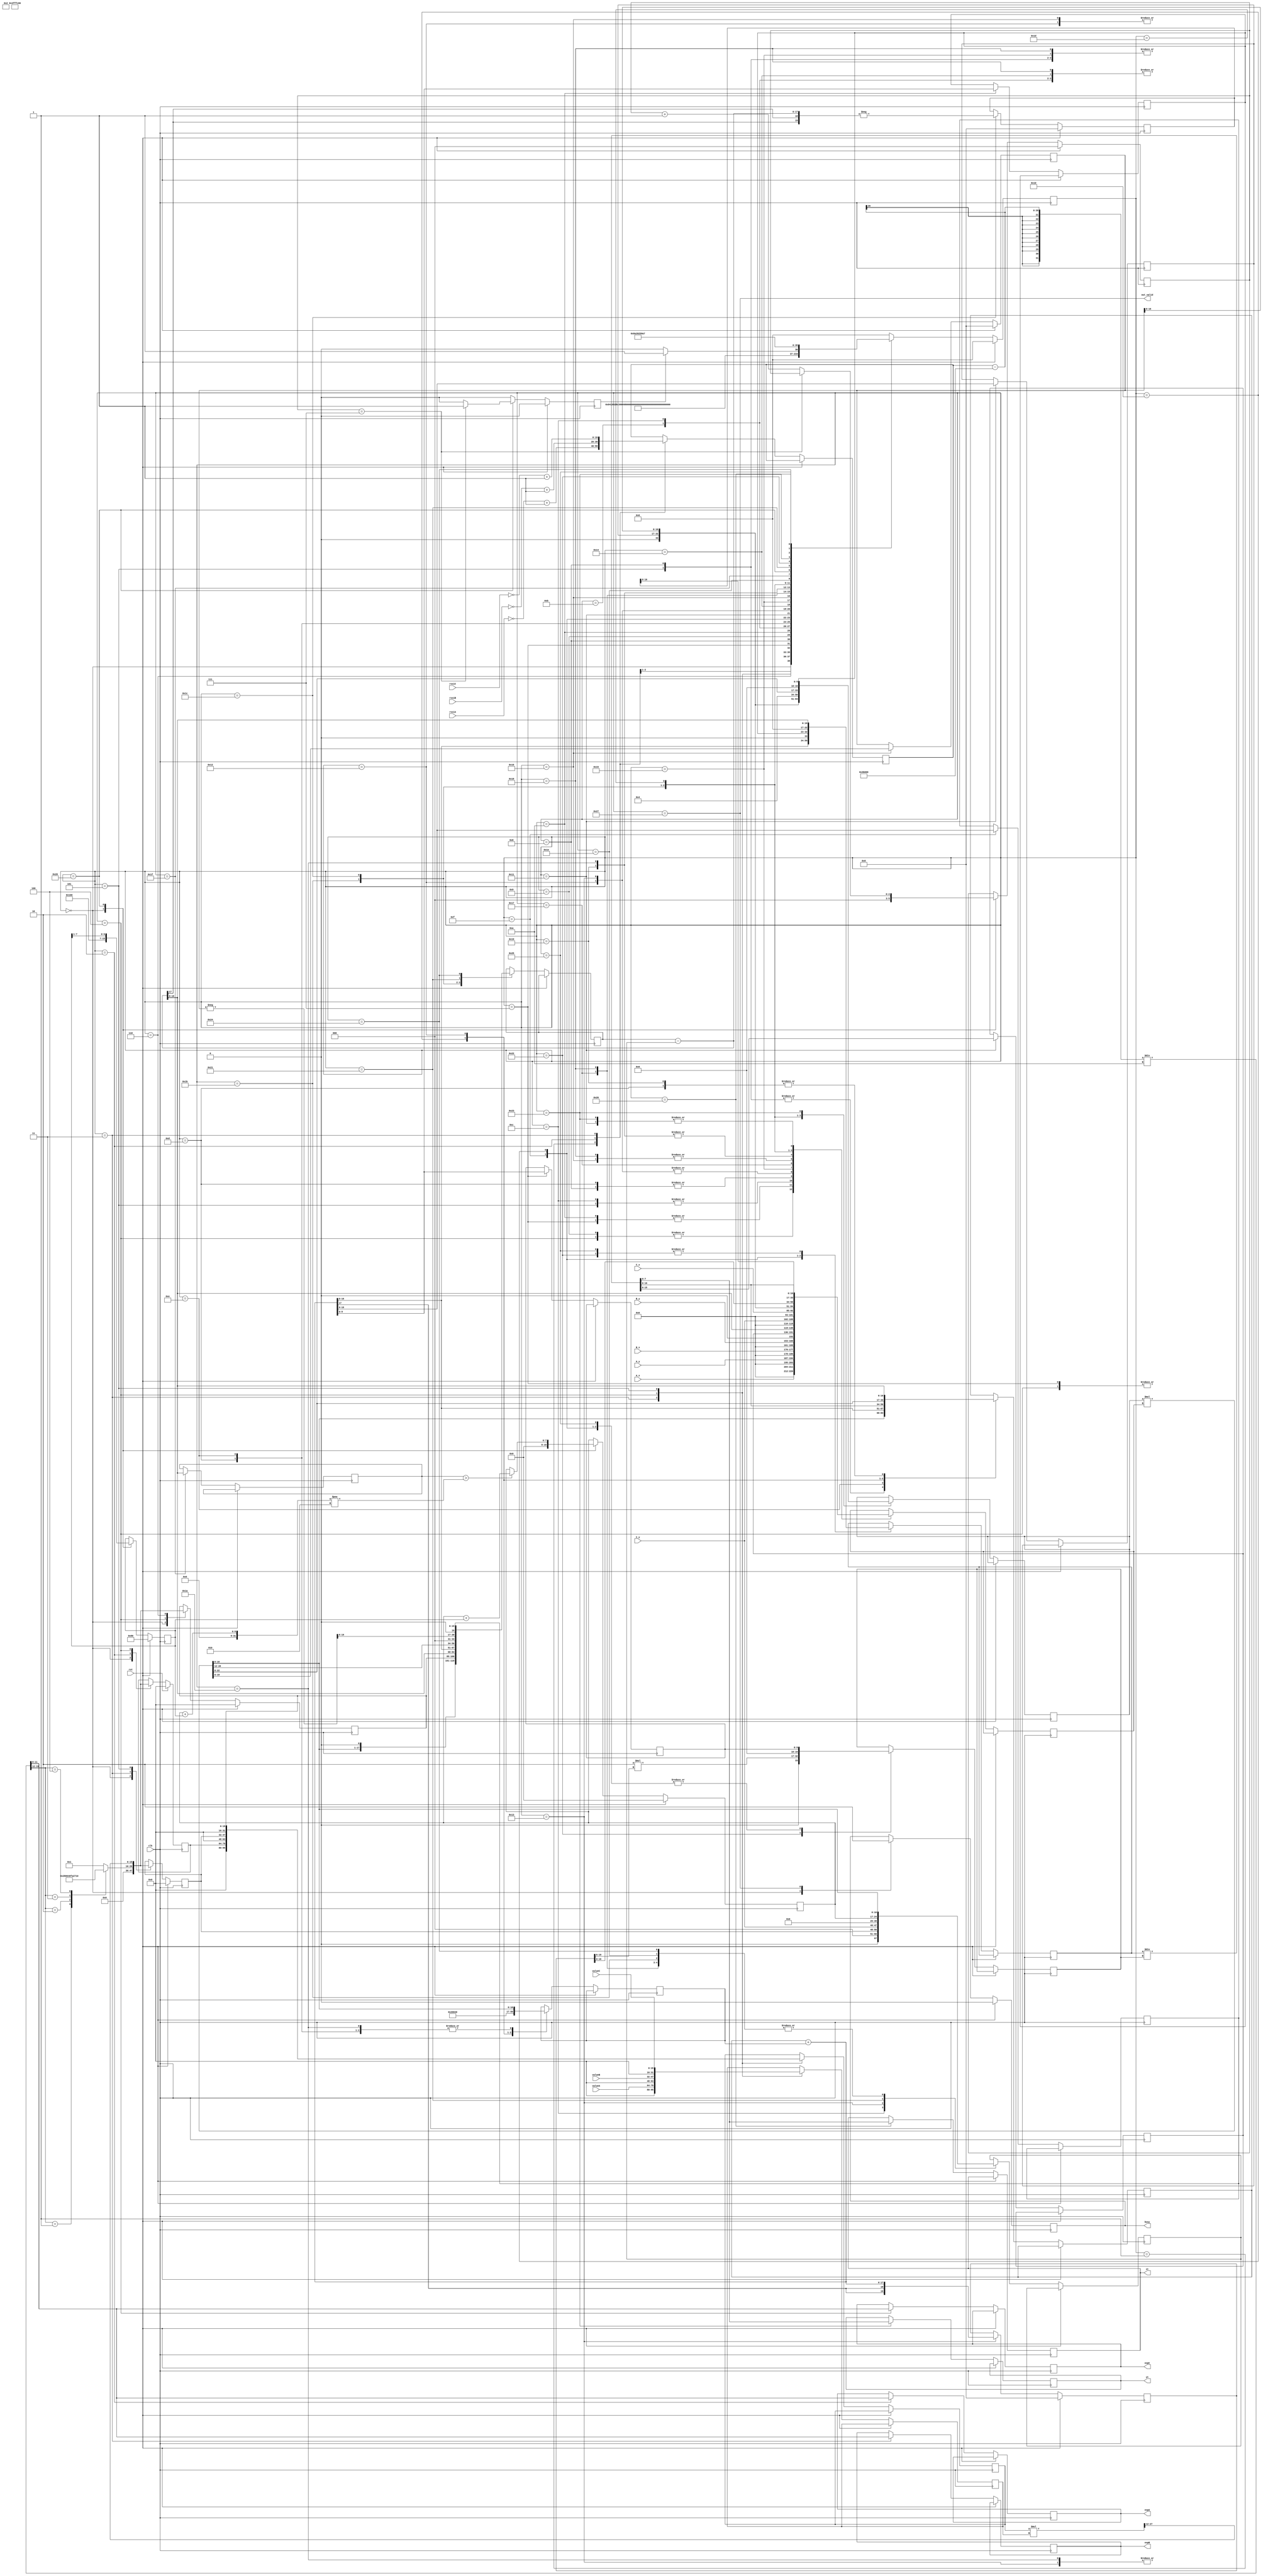
`timescale 1ns/10ps
module RFILE(clk, rst, A_x, A_y, B_x, B_y, C_x, C_y, rssiA, rssiB, rssiC, valueA, valueB, valueC, expA, expB, expC, busy, out_valid, xt, yt);
input           clk;
input           rst;
input  [7:0]    A_x;
input  [7:0]    A_y; 
input  [7:0]    B_x; 
input  [7:0]    B_y; 
input  [7:0]    C_x; 
input  [7:0]    C_y;
input  [19:0]   rssiA;
input  [19:0]   rssiB;
input  [19:0]   rssiC;
input  [15:0]   valueA;
input  [15:0]   valueB;
input  [15:0]   valueC;
output [11:0]   expA;
output [11:0]   expB;
output [11:0]   expC;
output          busy;
output          out_valid;
output [7:0]    xt;
output [7:0]    yt;

parameter READY       = 6'b00000_0;
parameter COUNTDIST_A = 6'b00000_1;
parameter COUNTDIST_B = 6'b00001_0;
parameter COUNTDIST_C = 6'b00001_1;
parameter COUNT_XAB_1 = 6'b00010_0;
parameter COUNT_XAB_2 = 6'b00010_1;
parameter COUNT_XAB   = 6'b00011_0;
parameter COUNT_YAB_1 = 6'b00011_1;
parameter COUNT_YAB_2 = 6'b00100_0;
parameter COUNT_YAB   = 6'b00100_1;
parameter COUNT_TAB_1 = 6'b00101_0;
parameter COUNT_TAB_2 = 6'b00101_1;
parameter COUNT_TAB_3 = 6'b00110_0;
parameter COUNT_TAB_4 = 6'b00110_1;
parameter COUNT_TAB_5 = 6'b00111_0;
parameter COUNT_TXAB  = 6'b00111_1;
parameter COUNT_YXAB  = 6'b01000_0;
parameter PREPARE_A_1 = 6'b01000_1;
parameter PREPARE_A_2 = 6'b01001_0;
parameter PREPARE_B_1 = 6'b01001_1;
parameter PREPARE_B_2 = 6'b01010_0;
parameter PREPARE_B_3 = 6'b01010_1;
parameter PREPARE_C_1 = 6'b01011_0;
parameter PREPARE_C_2 = 6'b01011_1;
parameter PREPARE_C_3 = 6'b01100_0;
parameter PREPARE_C_4 = 6'b01100_1;
parameter PREPARE_C_5 = 6'b01101_0;
parameter PREPARE_C_6 = 6'b01101_1;
parameter PREPARE_C   = 6'b01110_0;
parameter SQUARE_1    = 6'b01110_1;
parameter SQUARE_2    = 6'b01111_0;
parameter SQUARE_3    = 6'b01111_1;
parameter SQUARE      = 6'b10000_0;
parameter COUNT_Yt_1  = 6'b10000_1;
parameter COUNT_Yt    = 6'b10001_0;
parameter COUNT_Xt_1  = 6'b10001_1;
parameter COUNT_Xt_2  = 6'b10010_0;
parameter COUNT_Xt_3  = 6'b10010_1;
parameter COUNT_Xt_4  = 6'b10011_0;
parameter RETURN      = 6'b10011_1;
                      
wire [19:0] fifnine;
reg [11:0] expA_, expB_, expC_;
wire [19:0] rssiA_comp, rssiB_comp, rssiC_comp;
reg [19:0] value_comp;
reg [9:0] Xab, Yab;
reg [15:0]  TAB, TXAB, YXAB;
reg [19:0] a,b,c;
reg signed [16:0] multi2x_1, multi2x_0, div2x_0, div2x_1, adder2x_0, adder2x_1, minus2x_0, minus2x_1, compare_square_0;
reg [22:0] square_inside;
reg [7:0] Xt, Yt;
reg [5:0] state, nextState;
reg [7:0] origin_square_compare, square_value;
reg [2:0] square_count;
wire [19:0] expValue;
reg [31:0] multi_shift2x_0, multi_shift2x_1, YXAB_square; // for the sake of shifting
reg [15:0] VA, VB, VC, exp_10;
reg finishSquare, finishReady, busy_;
assign rssiA_comp = ~rssiA + 1;
assign rssiB_comp = ~rssiB + 1;
assign rssiC_comp = ~rssiC + 1;
assign fifnine = 20'b0011_1011_0000_0000_0000;//59

wire [11:0] expA, expB, expC;

wire [31:0] minus2x, adder2x, multi2x, div2x;
wire [31:0] compare_square_1;
wire [15:0] multi_shift2x;
wire compare_square;

//d = 10 ^ ((abs(RSSI) - alpha) / (10 * n))
assign expA = expA_;
assign expB = expB_;
assign expC = expC_;
assign expValue = ((value_comp - fifnine) / (10));
assign multi2x = multi2x_0 * multi2x_1;
assign div2x = div2x_0 / div2x_1;
assign adder2x = adder2x_0 + adder2x_1;
assign minus2x = minus2x_0 - minus2x_1;

assign multi_shift2x = (multi_shift2x_0 * multi_shift2x_1) >> 12; //(multi_shift2x_0 * multi_shift2x_1) >> 12
assign compare_square = compare_square_0 > compare_square_1;
assign compare_square_1 = (square_value + origin_square_compare) ** 2;
assign xt = Xt;
assign yt = Yt;

assign busy = busy_;
assign out_valid = (state == RETURN);
always@(state, finishSquare, finishReady)begin
	case(state)     
		READY:       nextState = COUNTDIST_A;                      
		COUNTDIST_A: nextState = COUNTDIST_B; 
		COUNTDIST_B: nextState = COUNTDIST_C;
		COUNTDIST_C: nextState = COUNT_XAB_1;
		COUNT_XAB_1: nextState = COUNT_XAB_2;
		COUNT_XAB_2: nextState = COUNT_XAB;
		COUNT_XAB:   nextState = COUNT_YAB_1;
		COUNT_YAB_1:  nextState = COUNT_YAB_2;
		COUNT_YAB_2:  nextState = COUNT_YAB;  
		COUNT_YAB:    nextState = COUNT_TAB_1;
		COUNT_TAB_1:  nextState = COUNT_TAB_2;
		COUNT_TAB_2:  nextState = COUNT_TAB_3;
		COUNT_TAB_3:  nextState = COUNT_TAB_4;
		COUNT_TAB_4:  nextState = COUNT_TAB_5;
		COUNT_TAB_5:  nextState = COUNT_TXAB; 
		COUNT_TXAB:   nextState = COUNT_YXAB; 
		COUNT_YXAB:   nextState = PREPARE_A_1;
		PREPARE_A_1:  nextState = PREPARE_A_2;
		PREPARE_A_2:  nextState = PREPARE_B_1;
		PREPARE_B_1:  nextState = PREPARE_B_2;
		PREPARE_B_2:  nextState = PREPARE_B_3;
		PREPARE_B_3:  nextState = PREPARE_C_1;
		PREPARE_C_1:  nextState = PREPARE_C_2;
		PREPARE_C_2:  nextState = PREPARE_C_3;
		PREPARE_C_3:  nextState = PREPARE_C_4;
		PREPARE_C_4:  nextState = PREPARE_C_5; 
		PREPARE_C_5:  nextState = PREPARE_C_6;
		PREPARE_C_6:  nextState = PREPARE_C;
		PREPARE_C:    nextState = SQUARE_1;   
		SQUARE_1:     nextState = SQUARE_2;   
		SQUARE_2:     nextState = SQUARE_3; 
		SQUARE_3:     nextState = SQUARE;
		SQUARE:begin
					  if(finishSquare)
						nextState = COUNT_Yt_1;
					  else
						nextState = SQUARE;
		end 
		COUNT_Yt_1:   nextState = COUNT_Yt;   
		COUNT_Yt:     nextState = COUNT_Xt_1;
		COUNT_Xt_1:   nextState = COUNT_Xt_2; 
		COUNT_Xt_2:   nextState = COUNT_Xt_3;
		COUNT_Xt_3:   nextState = COUNT_Xt_4;
		COUNT_Xt_4:   nextState = RETURN;
		RETURN:       nextState = READY;
		default:	  nextState = 0;
	endcase
end

always@(posedge clk)begin
	if(rst)
		state <= 0;
	else
		state <= nextState;
end

always@(expValue[19:12])begin
	case(expValue[19:12])
		1: exp_10 = 10;
		2: exp_10 = 100;
		3: exp_10 = 1000;
		4: exp_10 = 10000;
		default: exp_10 = 1;
	endcase
end
always@(posedge clk)begin
	finishReady <= 0;
	finishSquare <= 0;
	if(rst)begin
		a <= 0;
		b <= 0;
		c <= 0;
		VA <= 20'b0;
		VB <= 20'b0;
		VC <= 20'b0;
		origin_square_compare <= 8'b10000000;
		square_count <= 0;
		square_value <= 8'b00000000;
		busy_ <= 0;
	end
	else
		case(state)
			READY:begin
				finishReady <= 1;
				busy_ <= 1;
				square_count <= 0;
				origin_square_compare <= 8'b10000000;
				square_value <= 8'b00000000;
				VA <= 0;
				VB <= 0;
				VC <= 0;
			end
			COUNTDIST_A:begin //1
				
				value_comp <= rssiA_comp;
			end
			COUNTDIST_B:begin //2
				value_comp <= rssiB_comp;
				expA_ <= expValue[11:0];
				VA <= exp_10; //12
				
			end
			COUNTDIST_C:begin //3
				value_comp <= rssiC_comp;
				
				multi_shift2x_0 <= VA;//VA <= (VA * valueA) >> 12;
				multi_shift2x_1 <= valueA;
				expB_ <= expValue[11:0];
				VB <= exp_10;
			end
			COUNT_XAB_1:begin // 4
			
				VA <= multi_shift2x;
				multi_shift2x_0 <= VB;
				multi_shift2x_1 <= valueB; //VB <= (valueB * VB) >> 12;
				VC <= exp_10;
				expC_ <= expValue[11:0];
				
				multi2x_0 <= -2;
				multi2x_1 <= A_x;
			end
			COUNT_XAB_2:begin //5
				VB <= multi_shift2x;
				multi_shift2x_0 <= VC;
				multi_shift2x_1 <= valueC; //VC <= ((valueC * VC) >> 12);
				adder2x_0 <= multi2x;
				multi2x_0 <= 2;
				multi2x_1 <= B_x;
			end
			COUNT_XAB:begin //6
				VC <= multi_shift2x;
				adder2x_1 <= multi2x;
			end
			COUNT_YAB_1:begin // 7
				Xab <= adder2x;
				multi2x_0 <= -2;
				multi2x_1 <= A_y;
			end
			COUNT_YAB_2:begin //8
				adder2x_0 <= multi2x;
				multi2x_0 <= 2;
				multi2x_1 <= B_y;
			end
			COUNT_YAB:begin // 9
				
				adder2x_1 <= multi2x;
				multi2x_0 <= A_x;
				multi2x_1 <= A_x;
			end
			COUNT_TAB_1:begin //10
				Yab <= adder2x;
				minus2x_0 <= VA;//*VA;
				minus2x_1 <= multi2x;
				multi2x_0 <= A_y;
				multi2x_1 <= A_y;
			end
			COUNT_TAB_2:begin //11
				minus2x_0 <= minus2x;
				minus2x_1 <= multi2x;
			end
			COUNT_TAB_3:begin //12
				minus2x_0 <= minus2x;
				minus2x_1 <= VB;//*VB;
				multi2x_0 <= B_x;
				multi2x_1 <= B_x;
			end
			COUNT_TAB_4:begin //13
				adder2x_0 <= minus2x;
				adder2x_1 <= multi2x; 
				multi2x_0 <= B_y;
				multi2x_1 <= B_y;
			end
			COUNT_TAB_5:begin //14
				adder2x_0 <= adder2x;
				adder2x_1 <= multi2x; 
			end
			COUNT_TXAB:begin //15
				TAB <= adder2x;
				div2x_0 <= adder2x;
				div2x_1 <= Xab;
			end
			COUNT_YXAB:begin //16 //let YXAB 10 bit integer 6 bit float
				adder2x_0 <= div2x;
				adder2x_1 <= 1;
				div2x_0 <= Yab << 6; 
				div2x_1 <= Xab;
				
			end
			PREPARE_A_1:begin//17
				TXAB <= adder2x;
				YXAB <= div2x;
				multi2x_0 <= div2x;
				multi2x_1 <= div2x;
			end
			PREPARE_A_2:begin//18
				adder2x_0 <= multi2x >> 6;
				YXAB_square <= multi2x >> 6;
				adder2x_1 <= 1 << 6;
				multi2x_0 <= C_x;
				multi2x_1 <= YXAB;
			end
			PREPARE_B_1:begin//19
				a <= adder2x ;
				multi2x_0 <= TXAB;
				multi2x_1 <= YXAB;
				minus2x_0 <= multi2x;
				minus2x_1 <= C_y << 6;
			end
			PREPARE_B_2:begin //20
				
				minus2x_0 <= minus2x;
				minus2x_1 <= multi2x;
				
				
			end
			PREPARE_B_3:begin//21
				multi2x_0 <= 2;
				multi2x_1 <= minus2x;
			end
			PREPARE_C_1:begin//22
				b <= multi2x;
				multi2x_0 <= C_x;
				multi2x_1 <= C_x;
			end
			PREPARE_C_2:begin//23
				
				minus2x_0 <= VC;// * VC;
				minus2x_1 <= multi2x;
				multi2x_0 <= C_y;
				multi2x_1 <= C_y;
			end
			PREPARE_C_3:begin //24
				minus2x_0 <= minus2x;
				minus2x_1 <= multi2x;
				multi2x_0 <= 2;
				multi2x_1 <= C_x;
			end
			PREPARE_C_4:begin //25
				adder2x_0 <= minus2x;
				multi2x_0 <= multi2x;
				multi2x_1 <= TXAB;
				
				
				
			end
			PREPARE_C_5:begin//26
				adder2x_1 <= multi2x;
				multi2x_0 <= TXAB;
				multi2x_1 <= TXAB;
			end
			PREPARE_C_6:begin//27
				minus2x_0 <= adder2x;
				minus2x_1 <= multi2x;
				multi2x_0 <= b;
				multi2x_1 <= b;
			end
			PREPARE_C:begin//28
				minus2x_0 <= multi2x >> 12;
				c <= -minus2x;
				multi2x_0 <= 4;
				multi2x_1 <= a;
			end
			SQUARE_1:begin//29
				multi2x_0 <= multi2x >> 6;
				multi2x_1 <= c;
				
			end
			SQUARE_2:begin //square(b^2 - 4ac) //30
				minus2x_1 <= multi2x;
				square_inside <= minus2x;
				//compare_square_1 <= minus2x;
			end
			SQUARE_3:begin//31
				compare_square_0 <= minus2x ;
			end
			SQUARE:begin //32
				if(compare_square == 1)begin
					square_value <= square_value + origin_square_compare;
				end
				else begin
					square_value <= square_value;
				end
				origin_square_compare <= origin_square_compare >> 1;
				if(square_count == 7)
					finishSquare <= 1;
				else
					square_count <= square_count + 1;
				
			end
			COUNT_Yt_1:begin//33
				minus2x_0 <= (-b >> 6);
				minus2x_1 <= square_value;
			end
			COUNT_Yt:begin//34
				div2x_0 <= minus2x;
				div2x_1 <= 2 * (a >> 6);
			end
			COUNT_Xt_1:begin//35
				Yt <= div2x;
				multi2x_0 <= Yab;
				multi2x_1 <= div2x;
				
			end
			COUNT_Xt_2:begin//36
				minus2x_0 <= TAB;
				minus2x_1 <= multi2x;
			end
			COUNT_Xt_3:begin//37
				div2x_0 <= minus2x;
				div2x_1 <= Xab;
			end
			COUNT_Xt_4:begin//37
				Xt <= div2x;
			end
			RETURN:begin//38
				
				busy_ <= 0;
			end
		endcase
end
endmodule